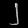
Digit: ၂